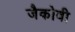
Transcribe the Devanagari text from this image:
जैकोवी